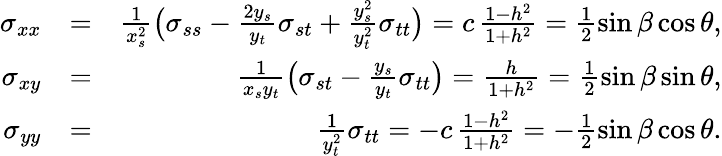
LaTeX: \begin{array}{rlr}{\sigma_{xx}}&{=}&{\frac{1}{x_{s}^{2}}\big(\sigma_{ss}-\frac{2y_{s}}{y_{t}}\sigma_{st}+\frac{y_{s}^{2}}{y_{t}^{2}}\sigma_{tt}\big)=c\, \frac{1-h^{2}}{1+h^{2}}=\frac 12\sin\beta\cos\theta,}\\ {\sigma_{xy}}&{=}&{\frac{1}{x_{s}y_{t}}\big(\sigma_{st}-\frac{y_{s}}{y_{t}}\sigma_{tt}\big)=\frac{h}{1+h^{2}}=\frac{1}{2}\sin\beta\sin\theta,}\\ {\sigma_{yy}}&{=}&{\frac{1}{y_{t}^{2}}\sigma_{tt}=-c\, \frac{1-h^{2}}{1+h^{2}}=-\frac{1}{2}\sin\beta\cos\theta.}\end{array}